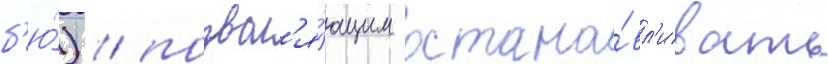
б'ю́) / позвол'я́ющим остана́вл'ивать